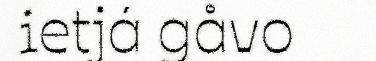
ietjá gåvo